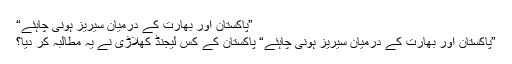
”پاکستان اور بھارت کے درمیان سیریز ہونی چاہئے“
”پاکستان اور بھارت کے درمیان سیریز ہونی چاہئے“ پاکستان کے کس لیجنڈ کھلاڑی نے یہ مطالبہ کر دیا؟